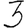
Digit: 3